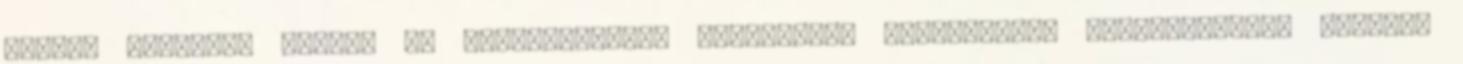
sorban családon belüli és párkapcsolati erőszakkal kapcsolatos tárgyalásokon vettünk